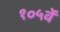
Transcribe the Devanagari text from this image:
१०५वें